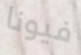
فيونا